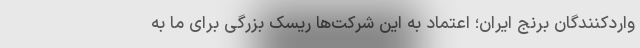
واردکنندگان برنج ایران؛ اعتماد به این شرکت‌ها ریسک بزرگی برای ما به